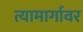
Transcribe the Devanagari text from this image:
त्यामार्गावर